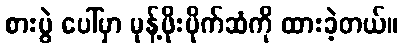
စားပွဲ ပေါ်မှာ မုန့်ဖိုးပိုက်ဆံကို ထားခဲ့တယ်။